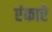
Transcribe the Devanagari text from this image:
एंकारे